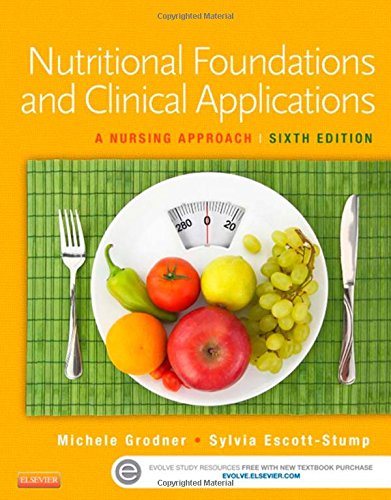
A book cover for Nutritional Foundations and Clinical Applications: A Nursing Approach, 6e; Michele Grodner EdD  CHES; Medical Books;